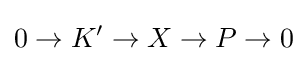
0\rightarrow K'\rightarrow X\rightarrow P\rightarrow 0